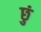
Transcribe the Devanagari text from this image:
छुं